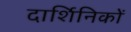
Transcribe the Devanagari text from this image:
दार्शिनिकों